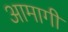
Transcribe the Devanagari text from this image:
आमागी